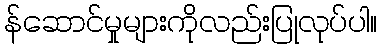
န်ဆောင်မှုများကိုလည်းပြုလုပ်ပါ။